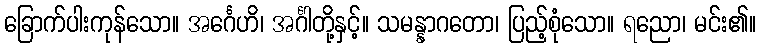
ခြောက်ပါးကုန်သော။ အင်္ဂေဟိ၊ အင်္ဂါတို့နှင့်။ သမန္နာဂတော၊ ပြည့်စုံသော။ ရညော၊ မင်း၏။